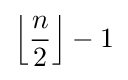
\left\lfloor {\frac {n}{2}}\right\rfloor -1